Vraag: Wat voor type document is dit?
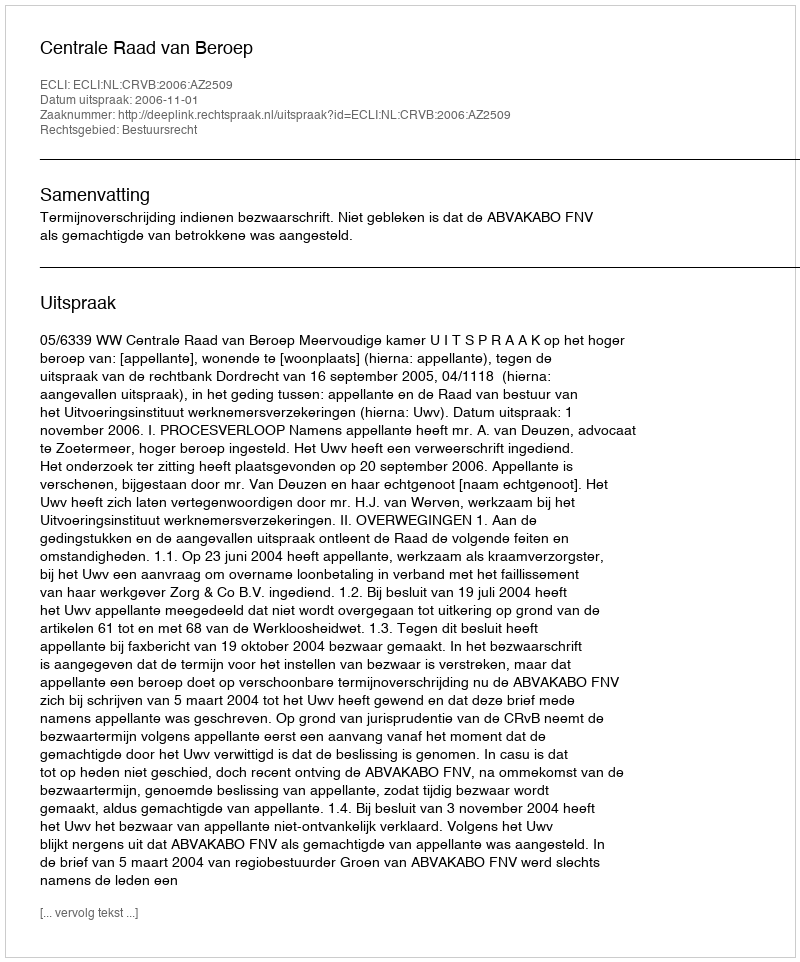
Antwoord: Uitspraak